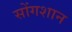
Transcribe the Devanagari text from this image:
सोंगशान